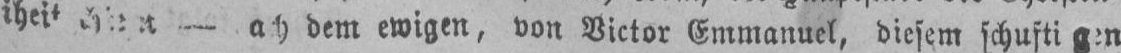
dem ewigen, von Victor Emmanuel, diesem schufti gen